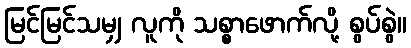
မြင်မြင်သမျှ လူကို သစ္စာဖောက်လို့ စွပ်စွဲ။